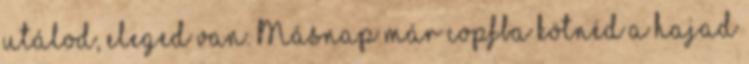
utálod, eleged van. Másnap már copfba kötnéd a hajad